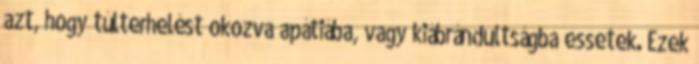
azt, hogy túlterhelést okozva apátiába, vagy kiábrándultságba essetek. Ezek